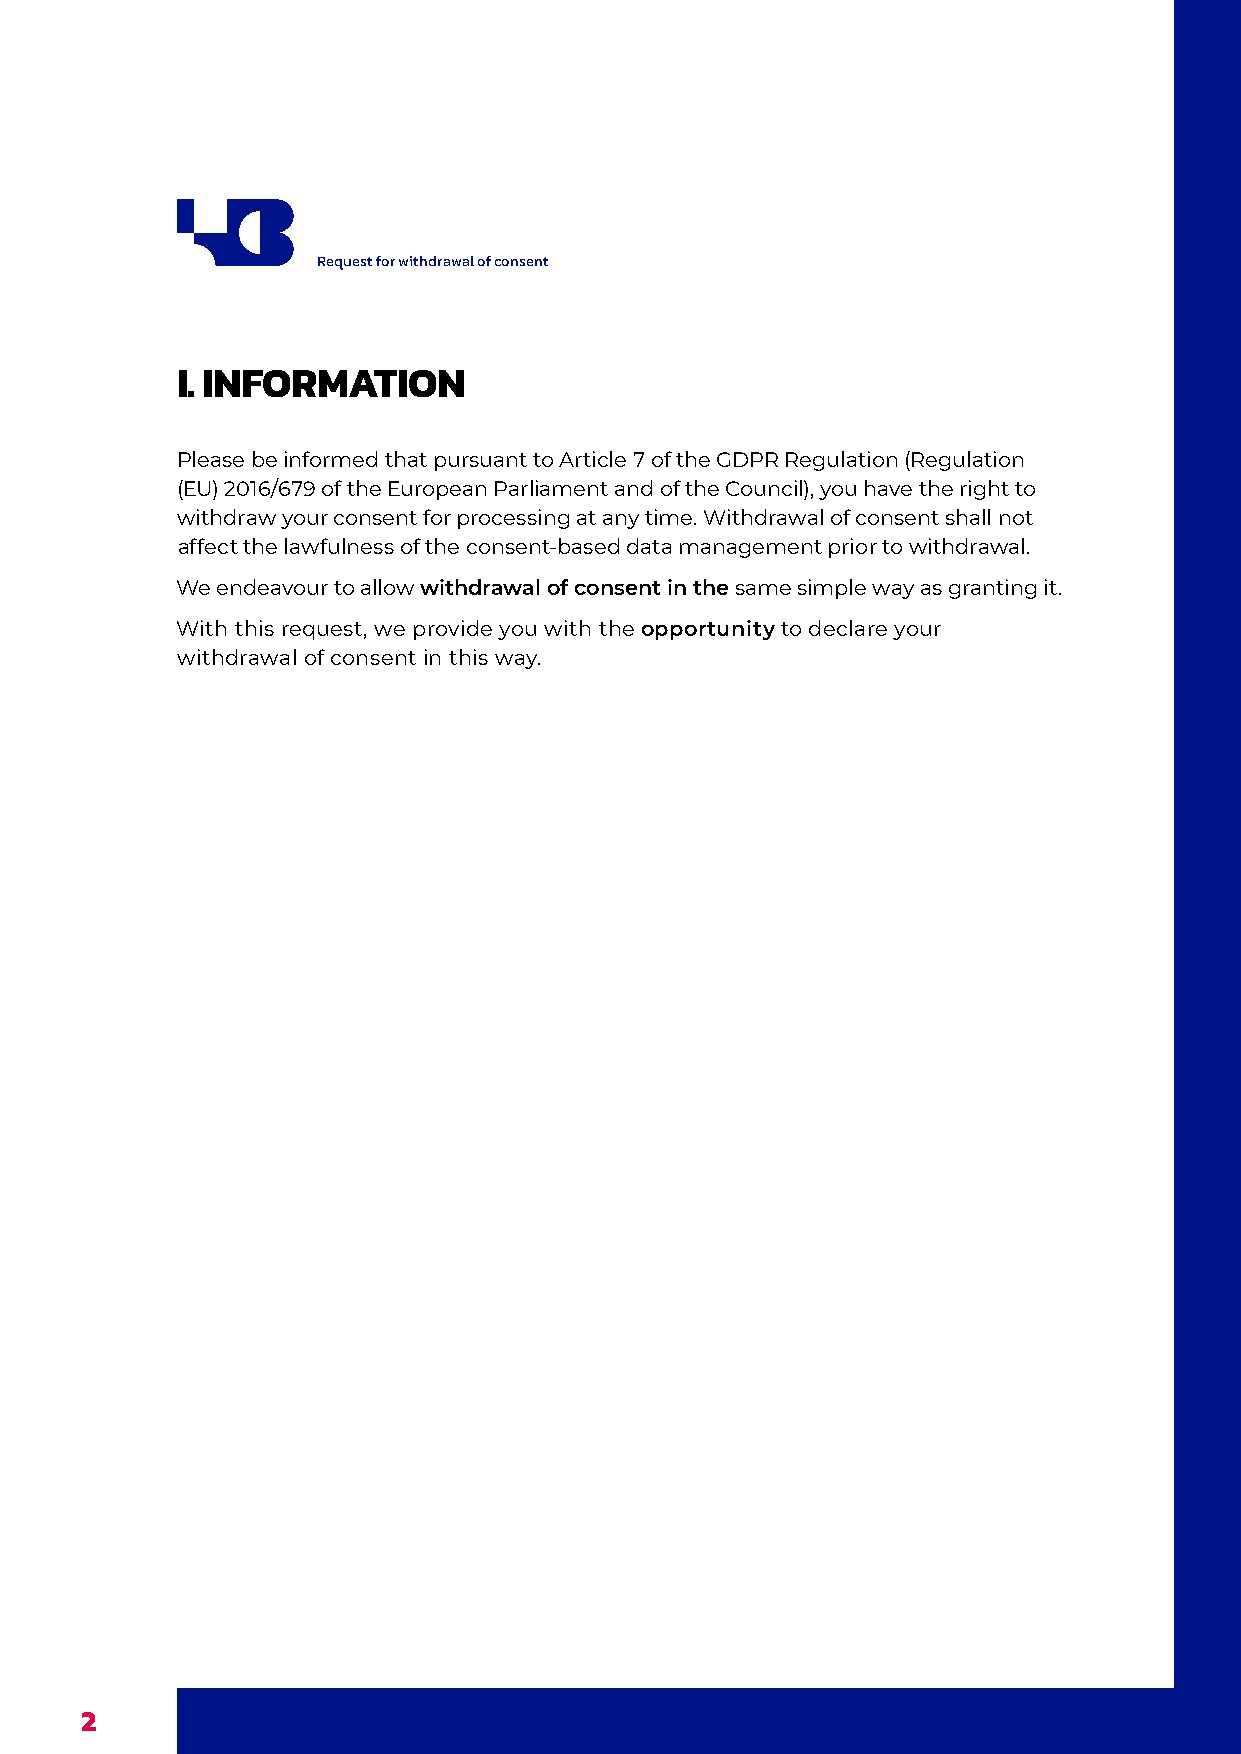
Request for withdrawal of consent
 I. INFORMATION
 Please be informed that pursuant to Article 7 of the GDPR Regulation (Regulation
 (EU) 2016/679 of the European Parliament and of the Council), you have the right to
 withdraw your consent for processing at any time. Withdrawal of consent shall not
 affect the lawfulness of the consent-based data management prior to withdrawal.
 We endeavour to allow withdrawal of consent in the same simple way as granting it.
 With this request, we provide you with the opportunity to declare your
 withdrawal of consent in this way.
 2